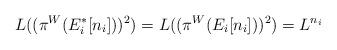
LaTeX: \begin{align*}L((\pi^{W}(E_{i}^{*}[n_{i}]))^{2})=L((\pi^{W}(E_{i}[n_{i}]))^{2})=L^{n_{i}}\end{align*}